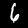
Label: 6